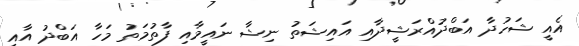
އެއީ ޝަހުދާ އަބްދުއްރަޝީދާއި އައިޝަތު ނިޝާ ނައީމާއި ފާތުމަތު މަހާ އަބްދު އާއި